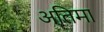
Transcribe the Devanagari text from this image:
अतिमा